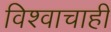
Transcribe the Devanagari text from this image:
विश्वाचाही